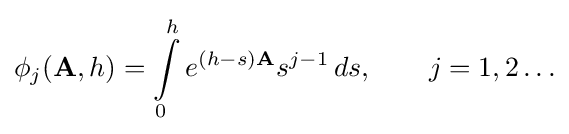
\phi _{j}(\mathbf {A} ,h)=\int \limits _{0}^{h}e^{(h-s)\mathbf {A} }s^{j-1}\,ds,\qquad j=1,2\ldots